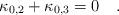
LaTeX: \begin{align*}\kappa_{0,2} + \kappa_{0,3} = 0 \quad .\end{align*}